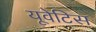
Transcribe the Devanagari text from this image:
यूवेटिस